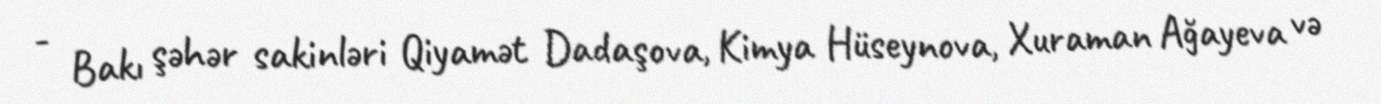
- Bakı şəhər sakinləri Qiyamət Dadaşova, Kimya Hüseynova, Xuraman Ağayeva və